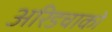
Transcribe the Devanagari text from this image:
अरिडचाको